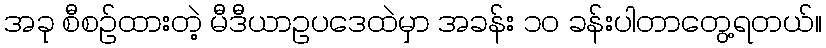
အခု စီစဉ်ထားတဲ့ မီဒီယာဥပဒေထဲမှာ အခန်း ၁၀ ခန်းပါတာတွေ့ရတယ်။